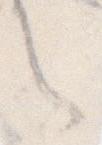
し